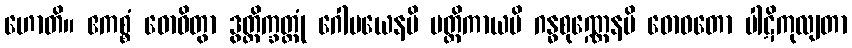
ဟောတိ။ ဧကစ္စံ ဓောဝိတွာ ဒွတ္တိက္ခတ္တုံ ဂေါမယေနပိ မတ္တိကာယပိ ဂန္ဓစုဏ္ဏေနပိ ဓောဝတော ပါဋိကုလျတာ